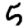
Digit: 5